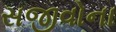
સજીવોના